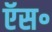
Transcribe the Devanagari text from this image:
ऍस॰